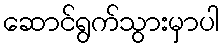
ဆောင်ရွက်သွားမှာပါ